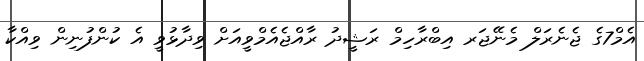
އެމް7ގެ ޖެނެރަލް މެނޭޖަރ އިބްރާހިމް ރަޝީދު ރާއްޖެއެމްވީއަށް ވިދާޅުވީ އެ ކުންފުނިން ވިއްކާ